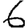
Digit: 6